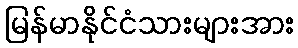
မြန်မာနိုင်ငံသားများအား